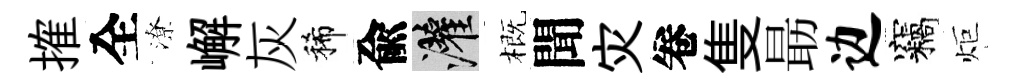
搉全潦嶰灰稀兪灌概聞灾卷隻朂边竊炬